Report on plague and inoculation in the Punjab from October 1st ... to September 30th..., being the ... season of plague in the province
Disease focus: Plague
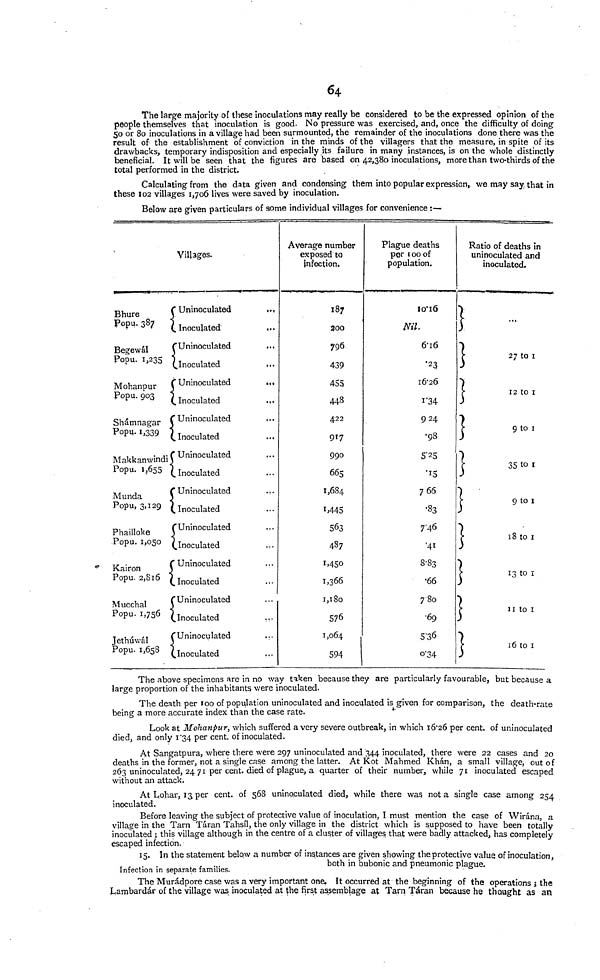
64
The large majority of these inoculations may really be considered to be the expressed opinion of the
people themselves that inoculation is good. No pressure was exercised, and, once the difficulty of doing
50 or 80 inoculations in a village had been surmounted, the remainder of the inoculations done there was the
result of the establishment of conviction in the minds of the villagers that the measure, in spite of its
drawbacks, temporary indisposition and especially its failure in many instances, is on the whole distinctly
beneficial. It will be seen that the figures are based on 42,380 inoculations, more than two-thirds of the
total performed in the district.
Calculating from the data given and condensing them into popular expression, we may say that in
these 102 villages 1,706 lives were saved by inoculation.
Below are given particulars of some individual villages for convenience :—
Bhure
Popu. 387
Begewál
Popu. 1,235
Mohanpur
Popu. 903
Shámnagar
Popu. 1,339
Makkanwindi
Popu. 1,655
Munda
Popu, 3,129
Phailloke
Popu. 1,050
Kairon
Popu. 2,816
Mucchal
Popu. 1,756
Jethúwál
Popu. 1,658
Villages.
Uninoculated
Inoculated
Uninoculated
Inoculated
Uninoculated
Inoculated
Uninoculated
(. Inoculated
Uninoculated
Inoculated
Uninoculated
Inoculated
Uninoculated
Inoculated
Uninoculated
Inoculated
Uninoculated
Inoculated
Uninoculated
Inoculated
...
...
...
...
...
...
...
...
...
...
...
...
...
...
...
...
...
...
...
...
Average number
exposed to
infection.
187
300
796
439
455
443
422
917
990
665
1,684
1,445
563
487
1,450
1,366
1,180
576
1,064
594
Plague deaths
per 100 of
population.
10.16
Nil.
6.16
.23
16.26
1.34
924
.98
5.25
.15
766
.83
7.46
.41
8.83
.66
780
.69
5.36
0.34
Ratio of deaths in
uninoculated and
inoculated.
...
27 to 1
12 to 1
9 to 1
35 to 1
9 to 1
18 to 1
13 to 1
11 to 1
10 to 1
The above specimens are in no way taken because they are particularly favourable, but because a
large proportion of the inhabitants were inoculated.
The death per 100 of population uninoculated and inoculated is given for comparison, the death-rate
being a more accurate index than the case rate.
Look at Mohanpur, which suffered a very severe outbreak, in which 16.26 per cent. of uninoculated
died, and only 1.34 per cent, of inoculated.
At Sangatpura, where there were 297 uninoculated and ' 344 inoculated, there were 22 cases and 20
deaths in the former, not a single case among the latter. At Kot Mahmed Khán, a small village, out of
263 uninoculated, 2471 per cent. died of plague, a quarter of their number, while 71 inoculated escaped
without an attack.
At Lohar, 13 per cent. of 568 uninoculated died, while there was nota single case among 254
inoculated.
Before leaving the subject of protective value of inoculation, I must mention the case of Wirána, a
village in the Tarn Táran Tahsíl, the only village in the district which is supposed to have been totally
inoculated ; this village although in the centre of a cluster of villages that were badly attacked, has completely
escaped infection.
Infection in separate families.
15. In the statement below a number of instances are given showing the protective value of inoculation,
both in bubonic and pneumonic plague.
The Murádpore case was a very important one. It occurred at the beginning of the operations ; the
Lambardár of the village was inoculated at the first assemblage at Tarn Táran because he thought as an